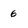
Character: 6